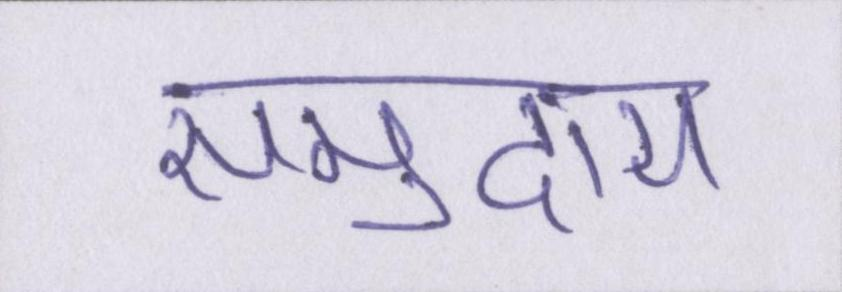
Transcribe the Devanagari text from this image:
समुदाय